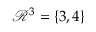
\mathcal { R } ^ { 3 } = \{ 3 , 4 \}